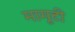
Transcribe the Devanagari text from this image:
मामूटी